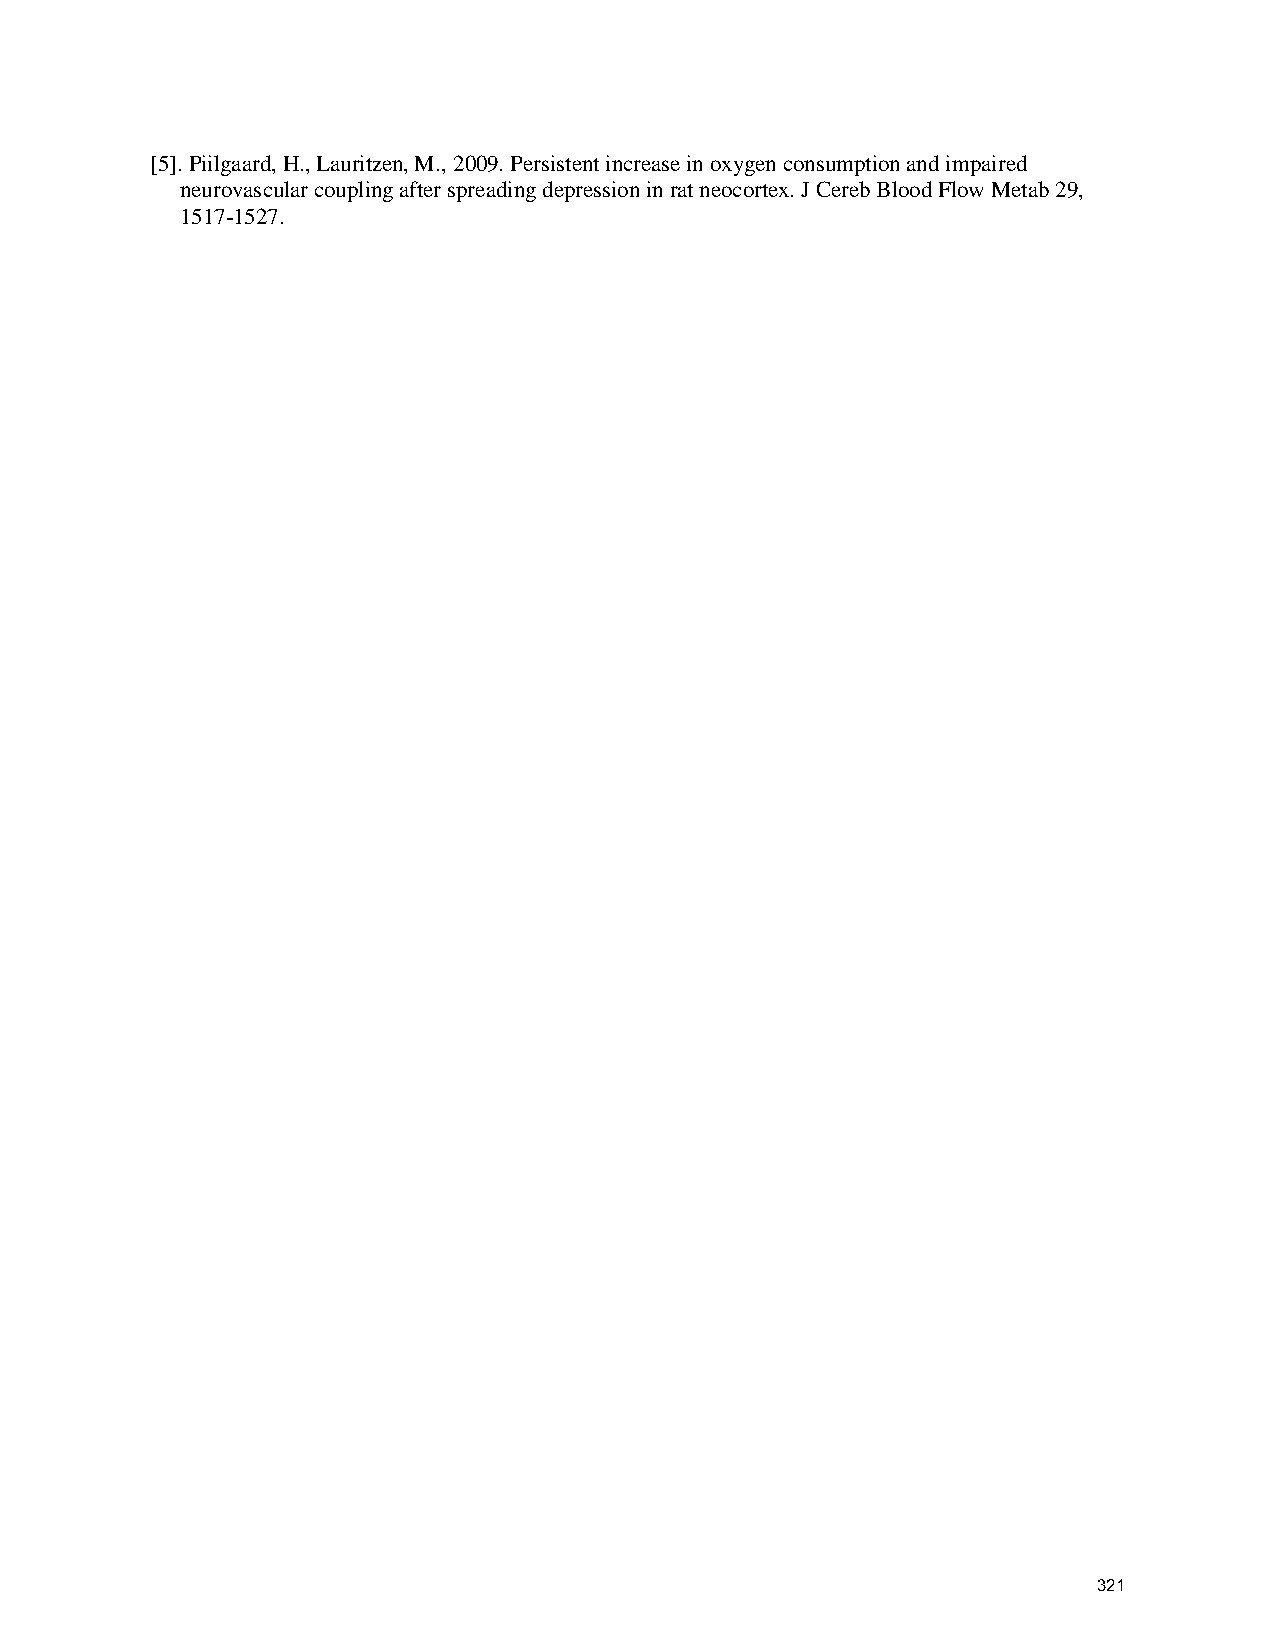
[5]. Piilgaard, H., Lauritzen, M., 2009. Persistent increase in oxygen consumption and impaired
 neurovascular coupling after spreading depression in rat neocortex. J Cereb Blood Flow Metab 29,
 1517-1527.
 321